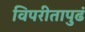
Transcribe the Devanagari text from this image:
विपरीतापुढं